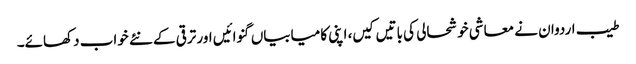
طیب اردوان نے معاشی خوشحالی کی باتیں کیں، اپنی کامیابیاں گنوائیں اور ترقی کے نئے خواب دکھائے۔